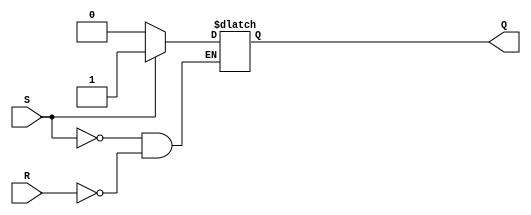
module SR_flip_flop (
    input S,
    input R,
    output reg Q
);

always @ (S or R)
begin
    if (S)
        Q <= 1'b1;
    else if (R)
        Q <= 1'b0;
end

endmodule